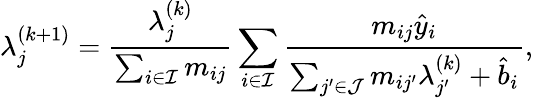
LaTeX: \lambda_{j}^{(k+1)}=\frac{\lambda_{j}^{(k)}}{\sum_{i\in\mathcal{I}}m_{ij}}\sum_{i\in\mathcal{I}}{\frac{m_{ij}\hat{y}_{i}}{\sum_{j^{\prime}\in\mathcal{J}}m_{ij^{\prime}}\lambda_{j^{\prime}}^{(k)}+\hat{b}_{i}}},